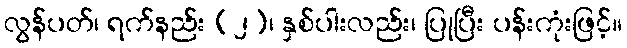
လွန်ပတ်၊ ရက်နည်း (၂)၊ နှစ်ပါးလည်း၊ ပြုပြီး ပန်းကုံးဖြင့်။